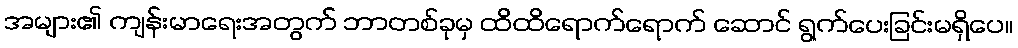
အများ၏ ကျန်းမာရေးအတွက် ဘာတစ်ခုမှ ထိထိရောက်ရောက် ဆောင် ရွက်ပေးခြင်းမရှိပေ။